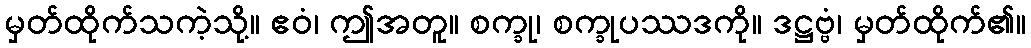
မှတ်ထိုက်သကဲ့သို့။ ဧဝံ၊ ဤအတူ။ စက္ခု၊ စက္ခုပဿဒကို။ ဒဋ္ဌဗ္ဗံ၊ မှတ်ထိုက်၏။